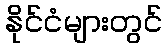
နိုင်ငံများတွင်